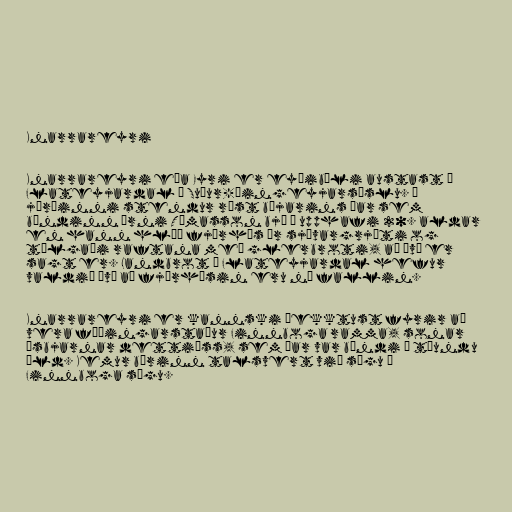
Knarrareyri

Knarrareyri eða Eyri er eyðibýli austast á
Flateyjardal í Suður-Þingeyjarsýslu. Á
jörðinni stendur rúst bæjarins þar sem
bóndinn Árni Tómasson bjó í upphafi 20. aldar
en hann hlóð fjárhús úr sjávargrjóti og
tálgaði raftana með glerbroti, að því er
sagt er. Landbrot á Flateyjardal hefur
valdið því að fjárhúsin eru nú fallin.

Knarrareyri er kannski þekktust fyrir að
vera fæðingarstaður Finnboga ramma, sonar
Ásbjarnar dettiáss, sem þar var bóndi á tíundu
öld. Kemur bærinn talsvert við sögu í
Finnboga sögu.